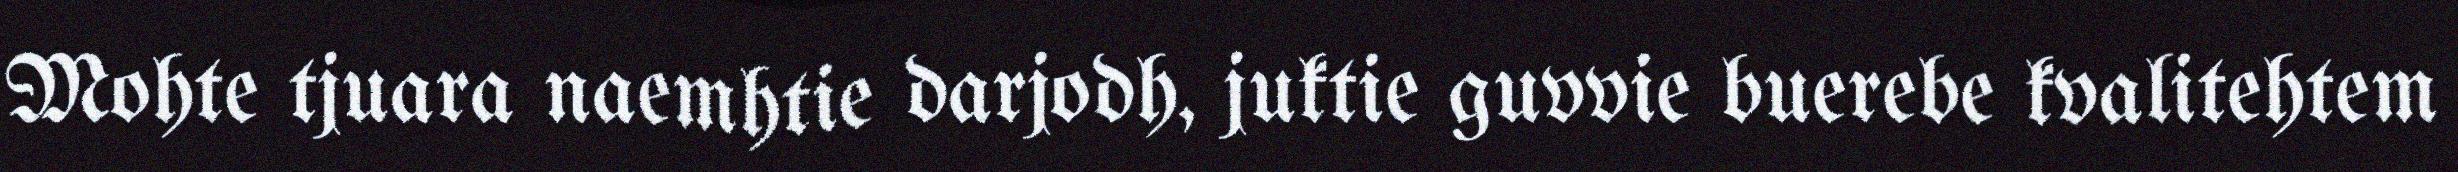
Mohte tjuara naemhtie darjodh, juktie guvvie buerebe kvalitehtem